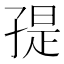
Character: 𭓒